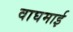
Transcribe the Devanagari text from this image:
वाघमाई